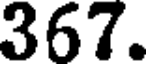
367.